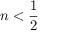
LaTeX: n < { \frac { 1 } { 2 } }